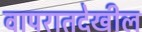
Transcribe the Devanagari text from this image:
वापरातदेखील